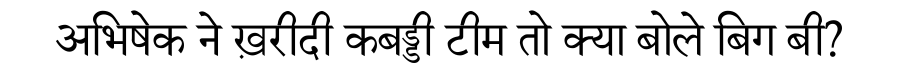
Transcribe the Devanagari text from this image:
अभिषेक ने ख़रीदी कबड्डी टीम तो क्या बोले बिग बी?